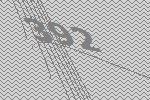
392